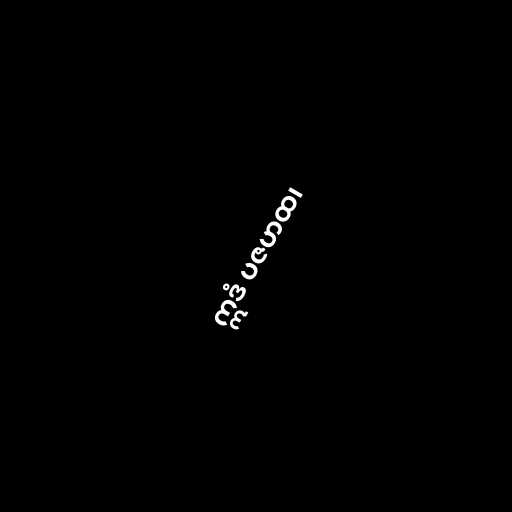
ဣဒံ ပဇဟထ၊